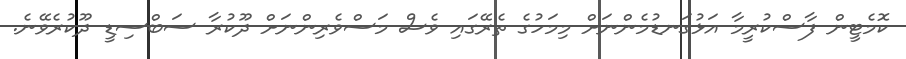
ކޮމެޓީން ފާސްކުރީމާ އަޅުގަނޑުމެންނަށް މިމަހުގެ ތެރޭގައި ވެސް މަސްވެރިންނަށް ދޫކުރާ ސަބްސިޑީ ދޫކުރެވޭނެ.